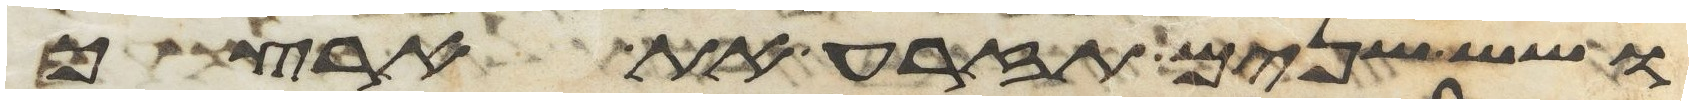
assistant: ושש שנים תזרע את ארצך